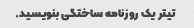
تیتر یک روزنامه ساختگی بنویسید.